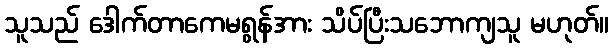
သူသည် ဒေါက်တာကေမရွန်အား သိပ်ပြီးသဘောကျသူ မဟုတ်။